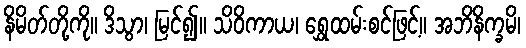
နိမိတ်တို့ကို။ ဒိသွာ၊ မြင်၍။ သိဝိကာယ၊ ရွှေထမ်းစင်ဖြင့်။ အဘိနိက္ခမိ၊